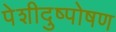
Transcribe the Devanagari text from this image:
पेशीदुष्पोषण